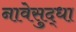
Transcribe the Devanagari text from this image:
नावेसुद्धा